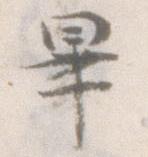
畢